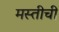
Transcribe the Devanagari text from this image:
मस्तीची